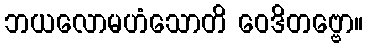
ဘယလောမဟံသောတိ ဝေဒိတဗ္ဗော။